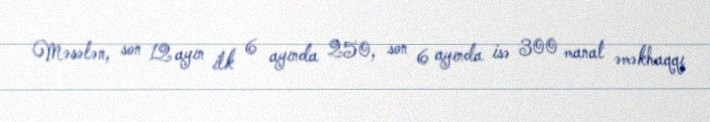
Məsələn, son 12 ayın ilk 6 ayında 250, son 6 ayında isə 300 manat əməkhaqqı